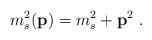
\begin{align*}m_s^2({\bf p})=m_s^2+{\bf p}^2~.\end{align*}